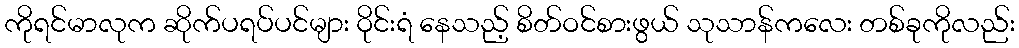
ကိုရင်မာလုက ဆိုက်ပရပ်ပင်များ ဝိုင်းရံ နေသည့် စိတ်ဝင်စားဖွယ် သုသာန်ကလေး တစ်ခုကိုလည်း